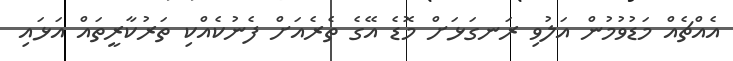
އެއްޗެއް މަޑުވުމުން އަލުވި ރަނގަޅަށް މޮޑެ އޭގެ ތެރެއަށް ފެނުކެއްކި ތަރުކާރީތައް އަޅައި